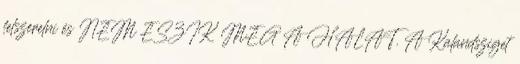
felszerelni és NEM ESZIK MEG A HALAT. A Kalandsziget